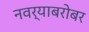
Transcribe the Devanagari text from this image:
नवर्‍याबरोबर